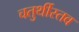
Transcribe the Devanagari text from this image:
चतुर्थीस्तव